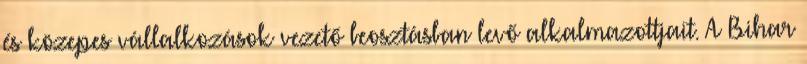
és közepes vállalkozások vezető beosztásban levő alkalmazottjait. A Bihar